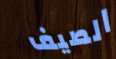
الصيف